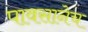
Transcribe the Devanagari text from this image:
पावसानेच